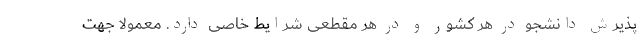
پذیرش دانشجو در هر کشور و در هر مقطعی شرایط خاصی دارد. معمولا جهت